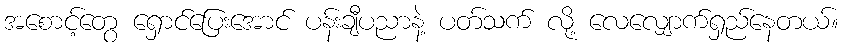
အစောင့်တွေ ရှောင်ပြေးအောင် ပန်းချီပညာနဲ့ ပတ်သက် လို့ လေလျှောက်ရှည်နေတယ်။